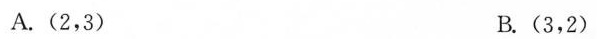
A. (2，3) B. (3，2)